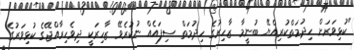
"ކުޅިވަރަށް ހިދުމަތްކުރިއްޔޭ ބުނީމާ ޒާހިރުގެ ހިދުމަތް ސިފައެއް ނުކުރެވޭ ޒާހިރަކީ ދިވެހިރާއްޖޭގެ ކުޅިވަރުގެ